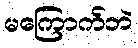
မကြောက်ဘဲ